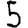
Digit: 5